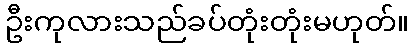
ဦးကုလားသည်ခပ်တုံးတုံးမဟုတ်။